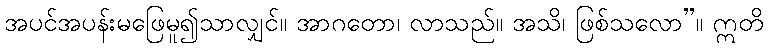
အပင်အပန်းမဖြေမူ၍သာလျှင်။ အာဂတော၊ လာသည်။ အသိ၊ ဖြစ်သလော”။ ဣတိ